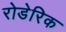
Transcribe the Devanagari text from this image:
रोडेरिक